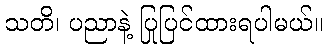
သတိ၊ ပညာနဲ့ ပြုပြင်ထားရပါမယ်။